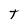
Character: t